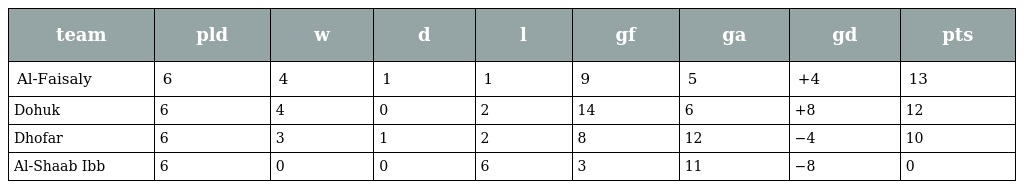
| team | pld | w | d | l | gf | ga | gd | pts |
 | --- | --- | --- | --- | --- | --- | --- | --- | --- |
 | Al-Faisaly | 6 | 4 | 1 | 1 | 9 | 5 | +4 | 13 |
 | Dohuk | 6 | 4 | 0 | 2 | 14 | 6 | +8 | 12 |
 | Dhofar | 6 | 3 | 1 | 2 | 8 | 12 | −4 | 10 |
 | Al-Shaab Ibb | 6 | 0 | 0 | 6 | 3 | 11 | −8 | 0 |